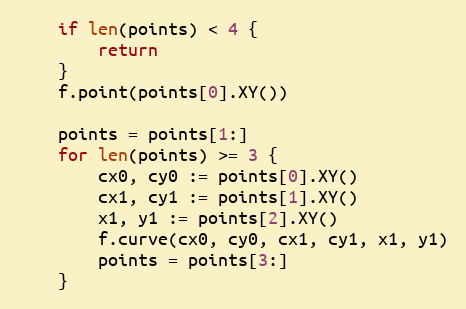
Language: Go
	if len(points) < 4 {
		return
	}
	f.point(points[0].XY())

	points = points[1:]
	for len(points) >= 3 {
		cx0, cy0 := points[0].XY()
		cx1, cy1 := points[1].XY()
		x1, y1 := points[2].XY()
		f.curve(cx0, cy0, cx1, cy1, x1, y1)
		points = points[3:]
	}